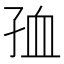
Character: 𡥠